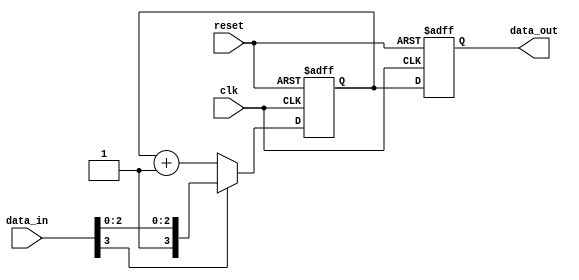
module sequential_logic (
    input wire clk,           // Clock input
    input wire reset,         // Reset input
    input wire [3:0] data_in, // 4-bit data input
    output reg [3:0] data_out // 4-bit data output
);

// Internal signal declaration
reg [3:0] internal_reg;

// Initialization of signals (optional)
initial begin
    data_out = 4'b0000; // Default state
    internal_reg = 4'b0000; // Default internal state
end

// Sequential logic block
always @(posedge clk or posedge reset) begin
    if (reset) begin
        // Reset logic
        data_out <= 4'b0000; // Reset output
        internal_reg <= 4'b0000; // Reset internal register
    end else begin
        // Update logic based on input conditions
        if (data_in[3] == 1'b1) begin
            internal_reg <= data_in; // Capture data_in if MSB is high
        end else begin
            internal_reg <= internal_reg + 1; // Increment internal register
        end

        // Assign internal register to output
        data_out <= internal_reg; // Update output
    end
end

endmodule